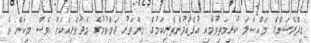
ޑިޕްރެޝަންގެ މައްސަލަ ކުރިމަތިވުމާއި އުފެއްދުންތެރިކަމުގެ މިންވަރު ދަށްވުމުގެ މެދުވެރިއަކަށް ވެސް މިކަން ވެ